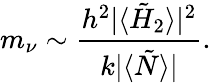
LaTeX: m_{\nu}\sim{\frac{h^{2}\vert\langle\tilde{H}_{2}\rangle\vert^{2}}{k\vert\langle\tilde{N}\rangle\vert}}.